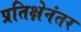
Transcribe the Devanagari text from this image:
प्रतिक्षेनंतर